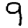
Digit: 9